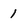
Character: 1